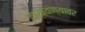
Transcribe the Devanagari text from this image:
दाखवण्यावर